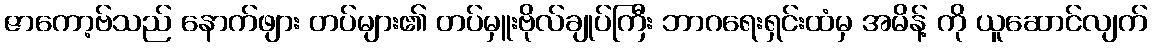
ဇာကော့ဗ်သည် နောက်ဖျား တပ်များ၏ တပ်မှူးဗိုလ်ချုပ်ကြီး ဘာဂရေးရှင်းထံမှ အမိန့် ကို ယူဆောင်လျက်